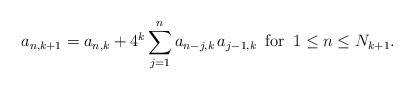
\begin{align*}a_{n,k+1}= a_{n,k}+ 4^k\sum_{j=1}^n a_{n-j,k}\, a_{j-1,k} \,\,\, \mbox {for}\,\,\, 1\leq n \leq N_{k+1}.\end{align*}